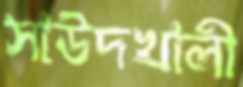
সাউদখালী